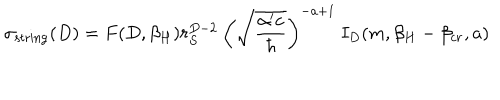
\sigma _ { \mathrm { s t r i n g } } ( D ) = F ( D , \beta _ { H } ) r _ { S } ^ { D - 2 } \: \left( \sqrt { \frac { \alpha ^ { \prime } c } { \hbar } } \right) ^ { - a + 1 } \: I _ { D } ( m , \beta _ { H } - \beta _ { c r } , a )